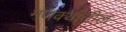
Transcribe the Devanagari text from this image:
मणक्यांतील